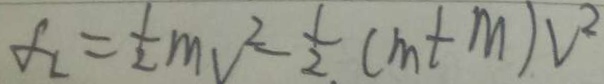
f _ { L } = \frac { 1 } { 2 } m _ { V ^ { 2 } } \frac { 1 } { 2 . } ( m t m ) V ^ { 2 }